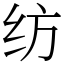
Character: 纺